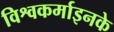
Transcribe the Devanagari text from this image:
विश्वकर्माइनके